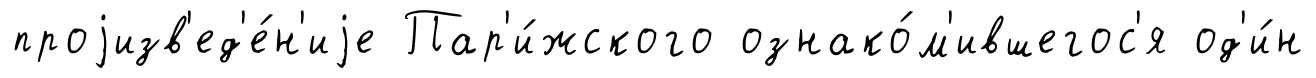
проjизв'ед'е́н'иjе Пар'и́жского ознако́м'ившегос'я од'и́н